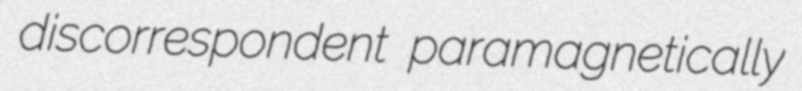
discorrespondent paramagnetically